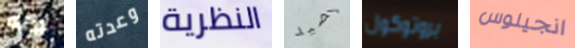
كنه وعدته النظرية لصيد بروتوكول انجيلوس